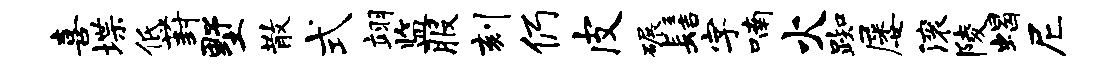
喜堞低葑墅散式翊监服刻仍皮碾髻字喃火踟屡滚陵蝎尼